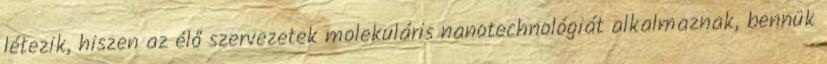
létezik, hiszen az élő szervezetek molekuláris nanotechnológiát alkalmaznak, bennük